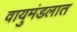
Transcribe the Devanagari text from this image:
वायुमंडलात